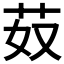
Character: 𦬻